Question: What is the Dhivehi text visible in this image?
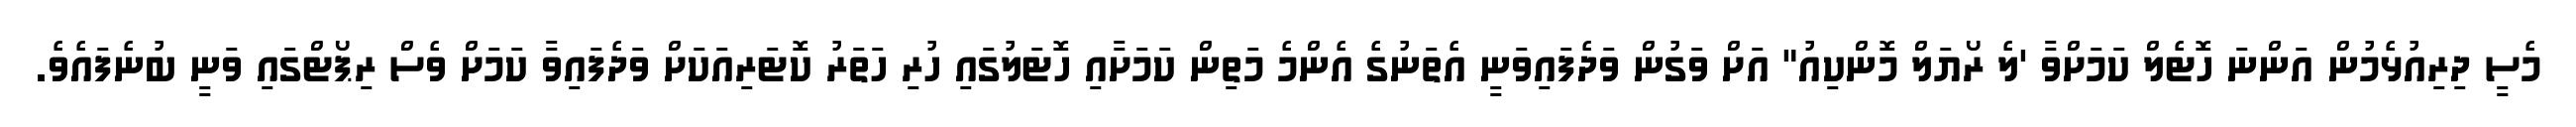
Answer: މެސީ ދިރިއުޅެމުން އަންނަ ހޮޓެލް ކަމަށްވާ 'ލެ ރޯޔަލް މޮންކިއު" އަށް ވަގުން ވަދެފައިވަނީ އެތަނުގެ އެންމެ މަތިން ކަމަށާއި ހޮޓަލުގައި ހުރި ހަތަރު ކޮޓަރިއަކަށް ވަދެފައިވާ ކަމަށް ވެސް ރިޕޯޓްގައި ވަނީ ބުނެފައެވެ.